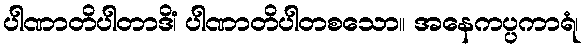
ပါဏာတိပါတာဒိံ၊ ပါဏာတိပါတစသော။ အနေကပ္ပကာရံ၊